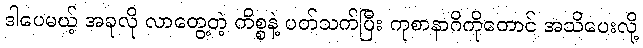
ဒါပေမယ့် အခုလို လာတွေ့တဲ့ ကိစ္စနဲ့ ပတ်သက်ပြီး ကုစာနာဂိကိုတောင် အသိပေးလို့